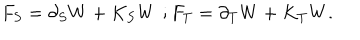
LaTeX: F _ { S } = \partial _ { S } W + K _ { S } W \, \, ; F _ { T } = \partial _ { T } W + K _ { T } W .